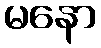
မနော